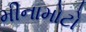
મીનામોટો